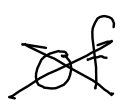
Text: of
Cross-out: cross
Writing tool: digital_black